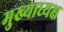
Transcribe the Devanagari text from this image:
मुख्याध्यक्ष